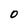
Character: O